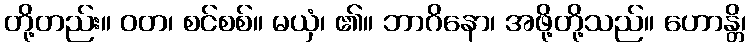
တို့တည်း။ ဝတ၊ စင်စစ်။ မယှံ၊ ၏။ ဘာဂိနော၊ အဖို့တို့သည်။ ဟောန္တိ၊